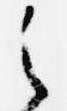
之